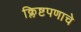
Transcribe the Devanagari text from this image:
क्लिष्टपणाचे